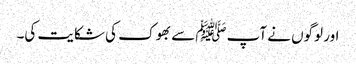
اور لوگوں نے آپﷺ سے بھوک کی شکایت کی۔